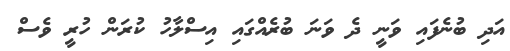
އަދި ބުނެފައި ވަނީ ދެ ވަނަ ބުރެއްގައި އިސްލާހު ކުރަން ހުރީ ވެސް